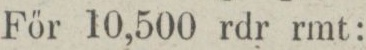
För 10,500 rdr rmt: